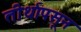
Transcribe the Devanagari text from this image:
तीर्थापसून